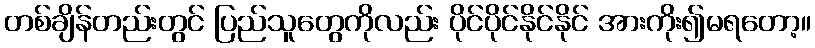
တစ်ချိန်တည်းတွင် ပြည်သူတွေကိုလည်း ပိုင်ပိုင်နိုင်နိုင် အားကိုး၍မရတော့။